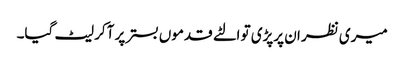
میری نظر ان پرپڑی تو الٹے قدموں بستر پر آکر لیٹ گیا۔